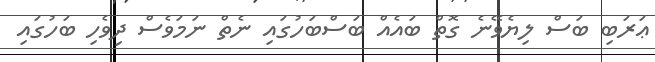
ޢަރަބި ބަސް ލިޔެވޭނެ ގޮތް ބައެއް ބަސްބަހުގައި ނެތް ނަމަވެސް ދިވެހި ބަހުގައި